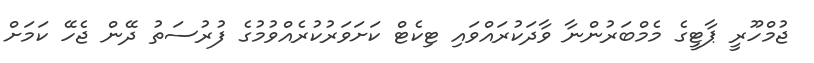
ޖުމްހޫރީ ޕާޓީގެ މެމްބަރުންނާ ވާދަކުރައްވައި ޓިކެޓް ކަށަވަރުކުރެއްވުމުގެ ފުރުސަތު ދޭން ޖެހޭ ކަމަށް